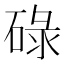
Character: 碌